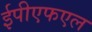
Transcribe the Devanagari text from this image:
ईपीएफएल